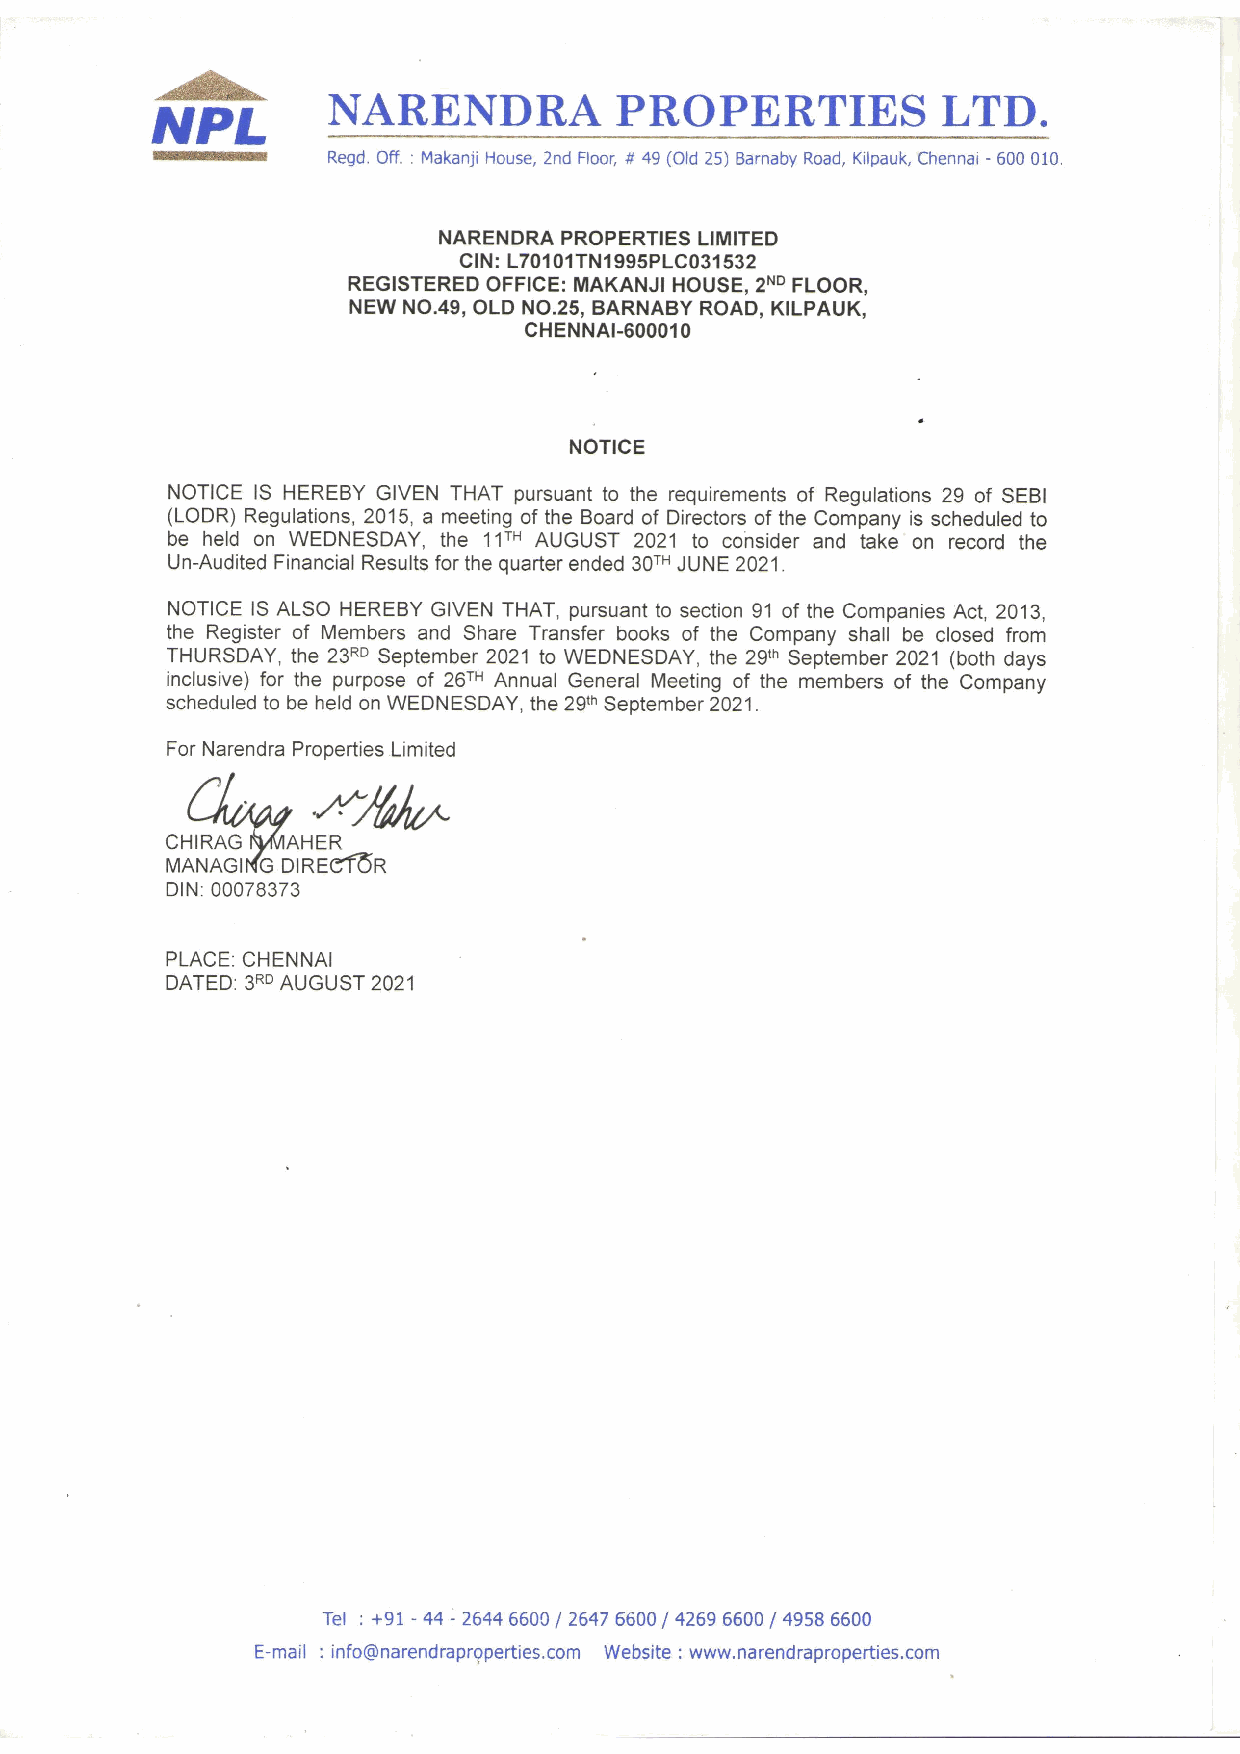
NARENDRA           PROPERTIES           LTD.
 Read. Off. : Makanji House, 2nd Floor, # 49 (Old 25) Barnaby Road, Kilpauk, Chennai - 600 010.
 NARENDRA PROPERTIES LIMITED
 CIN: L70101TN1995PLC031532
 REGISTERED OFFICE: MAKANJI HOUSE, 2° FLOOR,
 NEW NO.49, OLD NO.25, BARNABY ROAD, KILPAUK,
 CHENNAI-600010
 NOTICE
 NOTICE IS HEREBY GIVEN THAT pursuant to the requirements of Regulations 29 of SEBI
 (LODR) Regulations, 2015, a meeting of the Board of Directors of the Company is scheduled to
 be held on WEDNESDAY, the 11™ AUGUST 2021 to consider and take on record the
 Un-Audited Financial Results for the quarter ended 307 JUNE 2021.
 NOTICE IS ALSO HEREBY GIVEN THAT, pursuant to section 91 of the Companies Act, 2013,
 the Register of Members and Share Transfer books of the Company shall be closed from
 THURSDAY, the 23° September 2021 to WEDNESDAY, the 29" September 2021 (both days
 inclusive) for the purpose of 26™ Annual General Meeting of the members of the Company
 scheduled to be held on WEDNESDAY, the 29" September 2021.
 For Narendra Properties Limited
 CHIRAG  AHER
 MANAGING DIRECTOR
 DIN: 00078373
 PLACE: CHENNAI
 DATED: 389 AUGUST 2021
 Tel : +91 - 44 - 2644 6609 / 2647 6600/ 4269 6600 / 4958 6600
 E-mail : info@narendraproperties.com Website : www.narendraproperties.com
 v
 )
 SéF